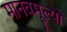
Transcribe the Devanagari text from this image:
मानवमूल्यों